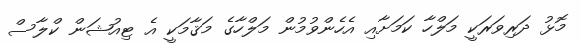
މޮޅު ދަރިވަރަކީ މަލްހާ ކަމަށާއި އެހެންވުމުން މަލްހާގެ މަޤާމަކީ އެ ޓިއުޝަން ކްލާސް